Annual statistical returns and brief notes on vaccination in Bengal - 1909-1929
Year: 1909
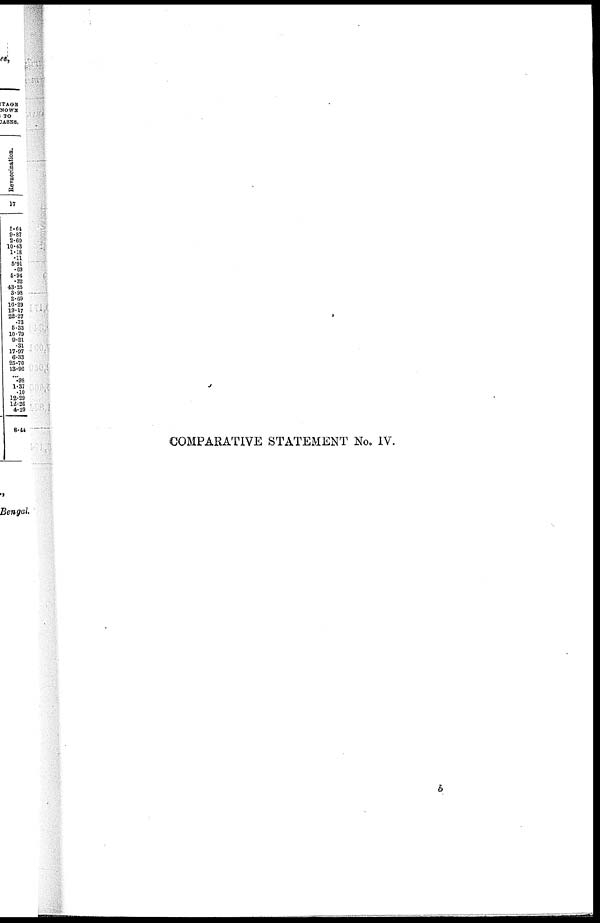
COMPARATIVE STATEMENT No. IV.
b